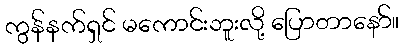
ကွန်နက်ရှင် မကောင်းဘူးလို့ ပြောတာနော်။